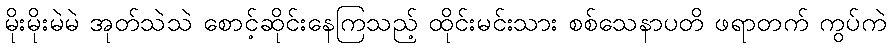
မိုးမိုးမဲမဲ အုတ်သဲသဲ စောင့်ဆိုင်းနေကြသည့် ထိုင်းမင်းသား စစ်သေနာပတိ ဖရာတက် ကွပ်ကဲ